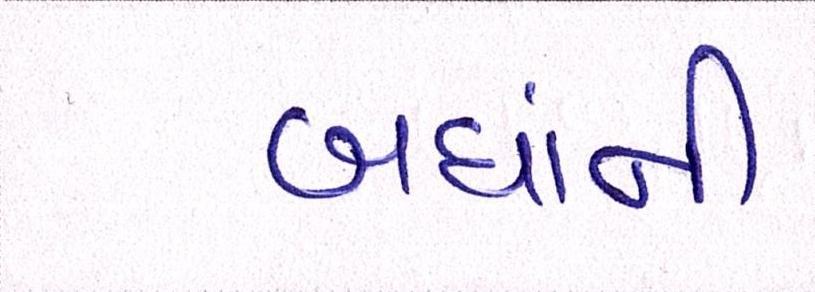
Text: બધાંની